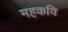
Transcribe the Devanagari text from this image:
महकवि